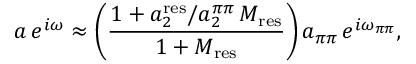
a \, e ^ { i \omega } \approx \left( \frac { 1 + a _ { 2 } ^ { \mathrm { r e s } } / a _ { 2 } ^ { \pi \pi } \, { \cal M } _ { \mathrm { r e s } } } { 1 + { \cal M } _ { \mathrm { r e s } } } \right) a _ { \pi \pi } \, e ^ { i \omega _ { \pi \pi } } ,